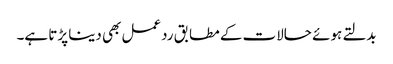
بدلتے ہوئے حالات کے مطابق ردعمل بھی دینا پڑتا ہے۔